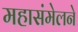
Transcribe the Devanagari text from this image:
महासंमेलने